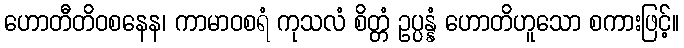
ဟောတီတိဝစနေန၊ ကာမာဝစရံ ကုသလံ စိတ္တံ ဥပ္ပန္နံ ဟောတိဟူသော စကားဖြင့်။